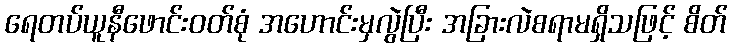
ရေတပ်ယူနီဖောင်းဝတ်စုံ အဟောင်းမှလွဲပြီး အခြားလဲစရာမရှိသဖြင့် စိတ်